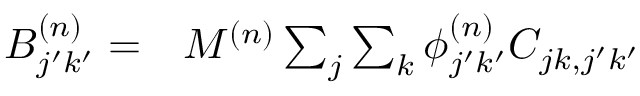
\begin{array} { r l } { B _ { j ^ { \prime } k ^ { \prime } } ^ { ( n ) } = } & { { } M ^ { ( n ) } \sum _ { j } \sum _ { k } \phi _ { j ^ { \prime } k ^ { \prime } } ^ { ( n ) } C _ { j k , j ^ { \prime } k ^ { \prime } } } \end{array}